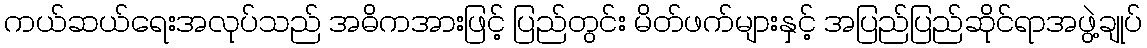
ကယ်ဆယ်ရေးအလုပ်သည် အဓိကအားဖြင့် ပြည်တွင်း မိတ်ဖက်များနှင့် အပြည်ပြည်ဆိုင်ရာအဖွဲ့ချုပ်